Indian journal of veterinary science and animal husbandry - Volume 5,
Year: 1935
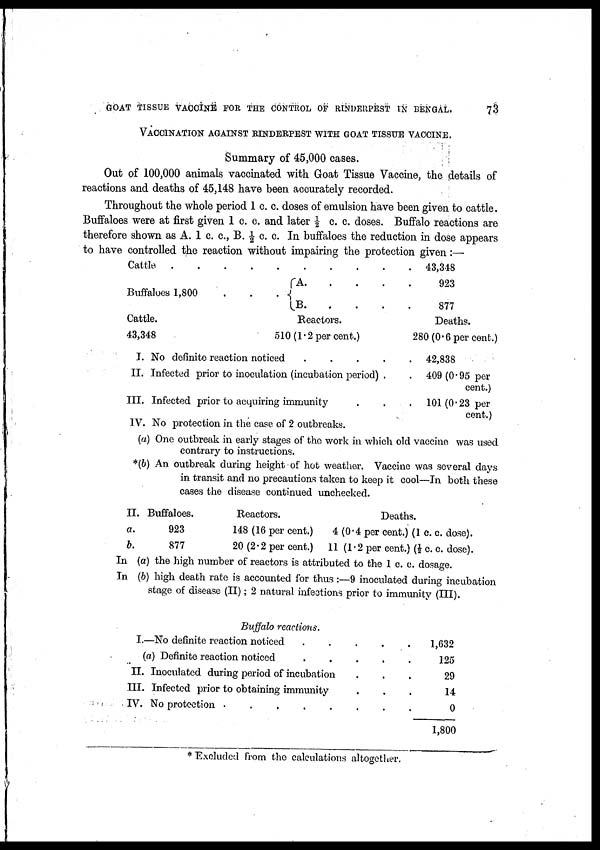
GOAT TISSUE VACCINE FOR THE CONTROL OF RINDERPEST IN BENGAL.
73
VACCINATION AGAINST RINDERPEST WITH GOAT TISSUE VACCINE.
Summary of 45,000 cases.
Out of 100,000 animals vaccinated with Goat Tissue Vaccine, the details of
reactions and deaths of 45,148 have been accurately recorded.
Throughout the whole period 1 c. c. doses of emulsion have been given to cattle.
Buffaloes were at first given 1 c. c. and later ½ c. c. doses. Buffalo reactions are
therefore shown as A. 1 c. c, B.½ c. c. In buffaloes the reduction in dose appears
to have controlled the reaction without impairing the protection given:—
Cattle . .
Buffaloes 1,800
Cattle.
43,348
.
.
.
.
.
.
.
A.
B.
.
.
.
Reactors.
.
.
.
510 (1.2 per cent.)
.
.
.
.
.
.
43,348
923
877
Deaths.
280 (0.6 per cent.)
I. No definite reaction
noticed.
.
II. Infected prior to inoculation (incubation period).
.
III. Infected prior to acquiring immunity . . .
IV. No protection in the case of 2 outbreaks.
42,838
409(0.95 per
cent.)
101(0.23 per
cent.)
(a) One outbreak in early stages of the work in which old vaccine was used
contrary to instructions.
*(b) An outbreak during height of hot weather. Vaccine was several days
in transit and no precautions taken to keep it cool—In both these
cases the disease continued unchecked.
II.
a.
b.
Buffaloes.
923
877
Reactors.
148 (16 per cent.)
20 (2.2 per cent.)
Deaths.
4 (0.4 per cent.) (1 c. c. dose).
11 (1.2 per cent.) (½ c. c. dose).
In (a) the high number of reactors is attributed to the 1 c. c. dosage.
In (b) high death rate is accounted for thus :—9 inoculated during incubation
stage of disease (II) ; 2 natural infections prior to immunity (III).
Buffalo reactions.
I.—No definite reaction noticed
.
.
(a) Definite reaction noticed
.
.
II. Inoculated during period, of incubation
III. Infected prior to obtaining immunity
IV. No protection
.
.
.
.
.
.
.
.
.
.
.
.
.
.
.
.
.
.
.
.
1,632
125
29
14
0
1,800
* Excluded from the calculations altogether.